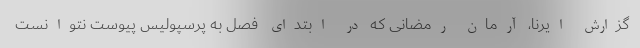
گزارش ایرنا، آرمان رمضانی که در ابتدای فصل به پرسپولیس پیوست نتوانست